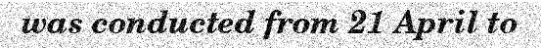
was conducted from 21 April to